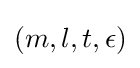
(m,l,t,\epsilon )